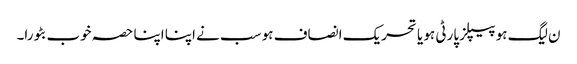
ن لیگ ہو پیپلز پارٹی ہو یا تحریک انصاف ہو سب نے اپنا اپنا حصہ خوب بٹورا۔